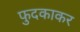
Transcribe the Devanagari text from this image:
फुदकाकर